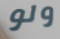
ولو